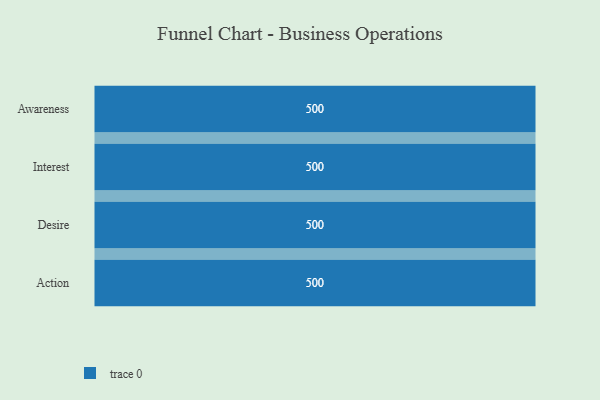
{"axis": {"x": "Stage", "y": "Value"}, "legend": [""], "data": [{"x": "Awareness", "y": 500, "type": ""}, {"x": "Interest", "y": 500, "type": ""}, {"x": "Desire", "y": 500, "type": ""}, {"x": "Action", "y": 500, "type": ""}]}